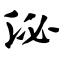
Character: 泌